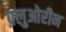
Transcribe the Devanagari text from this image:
फ़्लुओरीन